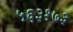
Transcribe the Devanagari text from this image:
५६३१७३